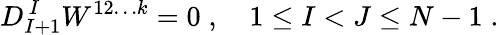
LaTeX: D_{I+1}^{\, I}W^{12\ldots k}=0\; ,\quad 1\leq I<J\leq N-1\; .